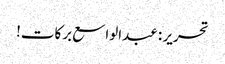
تحریر : عبدالواسع برکات!